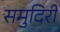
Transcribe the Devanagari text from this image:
समुदिरी